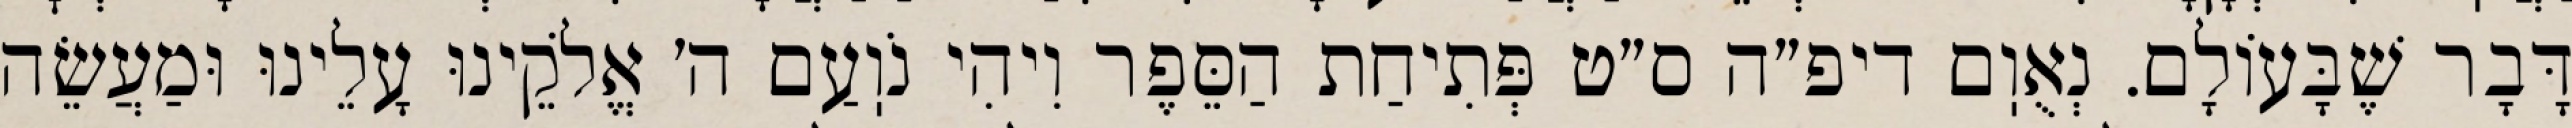
דָּבָר שֶׁבָּעוֹלָם. נְאֻוֽם דיפ״ה ס״ט פְּתִיחַת הַסֵּפֶר וִיהִי נֹוֽעַם ה׳ אֱלֹקֵינוּ עָלֵינוּ וּמַעֲשֵׂה